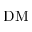
\mathrm { D M }